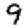
Digit: 9